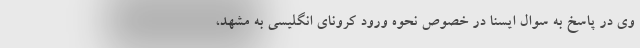
وی در پاسخ به سوال ایسنا در خصوص نحوه ورود کرونای انگلیسی به مشهد،